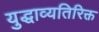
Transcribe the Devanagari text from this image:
युद्धाव्यतिरिक्त